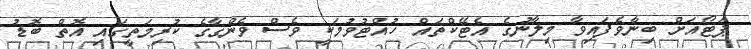
ޕަޓޯއަށް ބިނާވެފައިވާ މިލާނުގެ އެޓޭކްތައް ހުއްޓުވުމަކީ ވެސް ވެންގާގެ ކުރިމަތީގައި އޮތް ބޮޑު